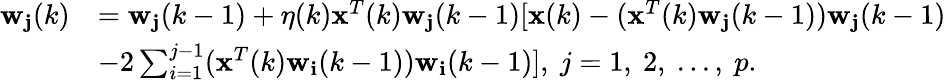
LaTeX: \begin{array}{rl}{\mathbf{w_{j}}(k)}&{=\mathbf{w_{j}}(k-1)+\eta(k)\mathbf{x}^{T}(k)\mathbf{w_{j}}(k-1)[\mathbf{x}(k)-(\mathbf{x}^{T}(k)\mathbf{w_{j}}(k-1))\mathbf{w_{j}}(k-1)}\\ &{-2\sum_{i=1}^{j-1}(\mathbf{x}^{T}(k)\mathbf{w_{i}}(k-1))\mathbf{w_{i}}(k-1)],\ j=1,\ 2,\ ...,\ p.}\end{array}